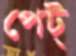
পেট্